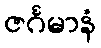
ဇင်္ဂမာနံ